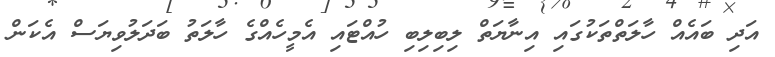
އަދި ބައެއް ހާލަތްތަކުގައި އިނާޔަތް ލިބިލިބި ހުއްޓައި އެމީހެއްގެ ހާލަތު ބަދަލުވިޔަސް އެކަން